Report of the Bombay Veterinary College
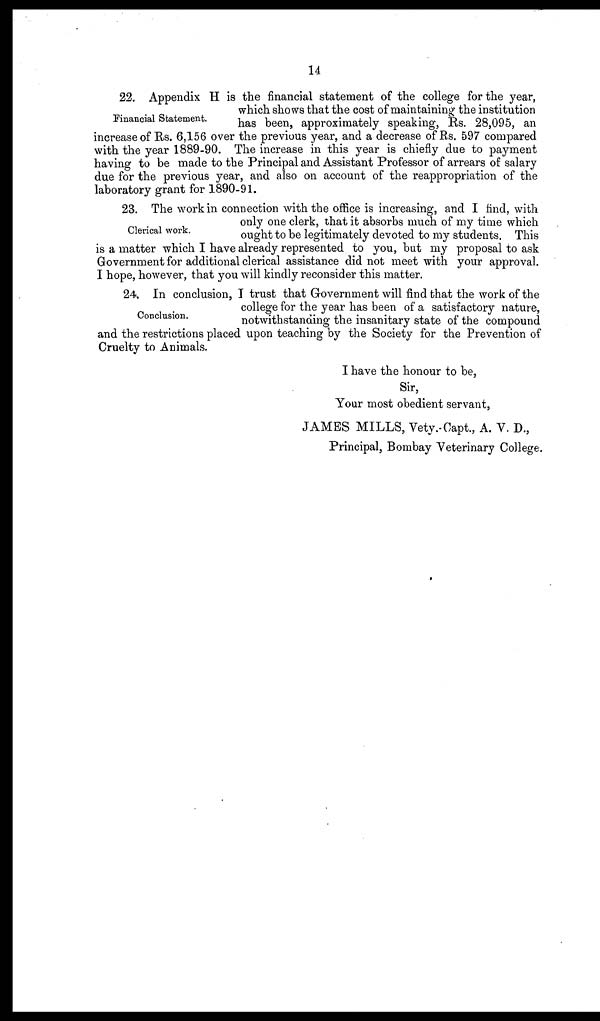
14
Financial Statement.
22. Appendix H is the financial statement of the college for the year,
which shows that the cost of maintaining the institution
has been, approximately speaking, Rs. 28,095, an
increase of Rs. 6,156 over the previous year, and a decrease of Rs. 597 compared
with the year 1889-90. The increase in this year is chiefly due to payment
having to be made to the Principal and Assistant Professor of arrears of salary
due for the previous year, and also on account of the reappropriation of the
laboratory grant for 1890-91.
Clerical work.
23. The work in connection with the office is increasing, and I find, with
only one clerk, that it absorbs much of my time which
ought to be legitimately devoted to my students. This
is a matter which I have already represented to you, but my proposal to ask
Government for additional clerical assistance did not meet with your approval.
I hope, however, that you will kindly reconsider this matter.
Conclusion.
24. In conclusion, I trust that Government will find that the work of the
college for the year has been of a satisfactory nature,
notwithstanding the insanitary state of the compound
and the restrictions placed upon teaching by the Society for the Prevention of
Cruelty to Animals.
I have the honour to be,
Sir,
Your most obedient servant,
JAMES MILLS, Vety.Capt., A. V. D.,
Principal, Bombay Veterinary College.